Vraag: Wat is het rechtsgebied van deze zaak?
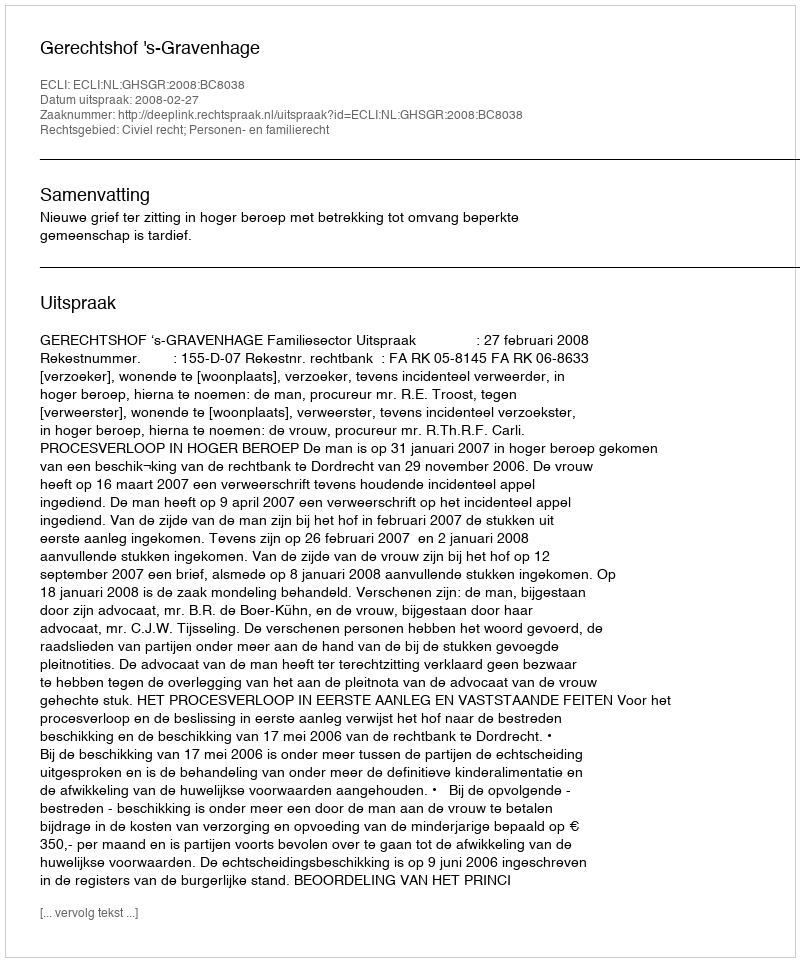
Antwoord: Civiel recht; Personen- en familierecht